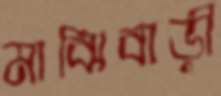
মাঝিবাড়ী